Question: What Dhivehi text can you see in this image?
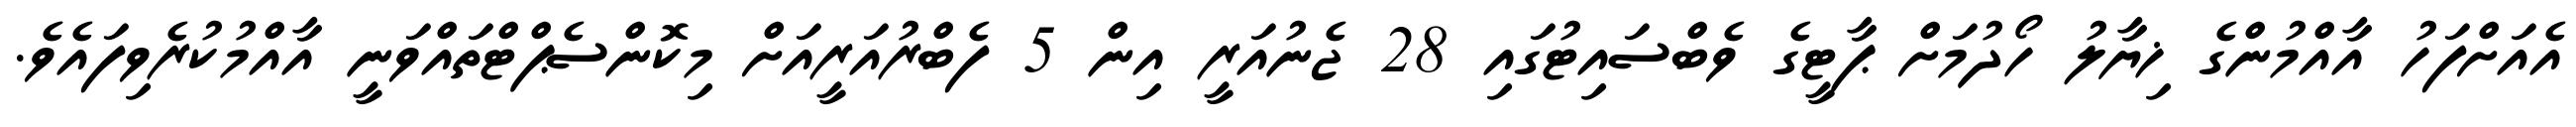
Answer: އެއަށްފަހު އާއްމުންގެ ޚިޔާލު ހޯދުމަށް ޕާޓީގެ ވެބްސައިޓުގައި 28 ޖެނުއަރީ އިން 5 ފެބްރުއަރީއަށް މިކޮންސެޕްޓްތައްވަނީ އާއްމުކުރެވިފައެވެ.